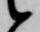
候